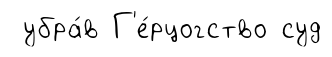
убра́в Г'е́рцогство суд